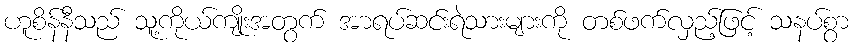
ဟူစိန်နီသည် သူ့ကိုယ်ကျိုးအတွက် အာရပ်ဆင်းရဲသားများကို တစ်ဖက်လှည့်ဖြင့် သနပ်စွာ